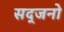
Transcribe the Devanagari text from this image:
सद्जनो